65_HS1-834228961_62-HQ-83894_Section_7
Agency: FBI
Page 200
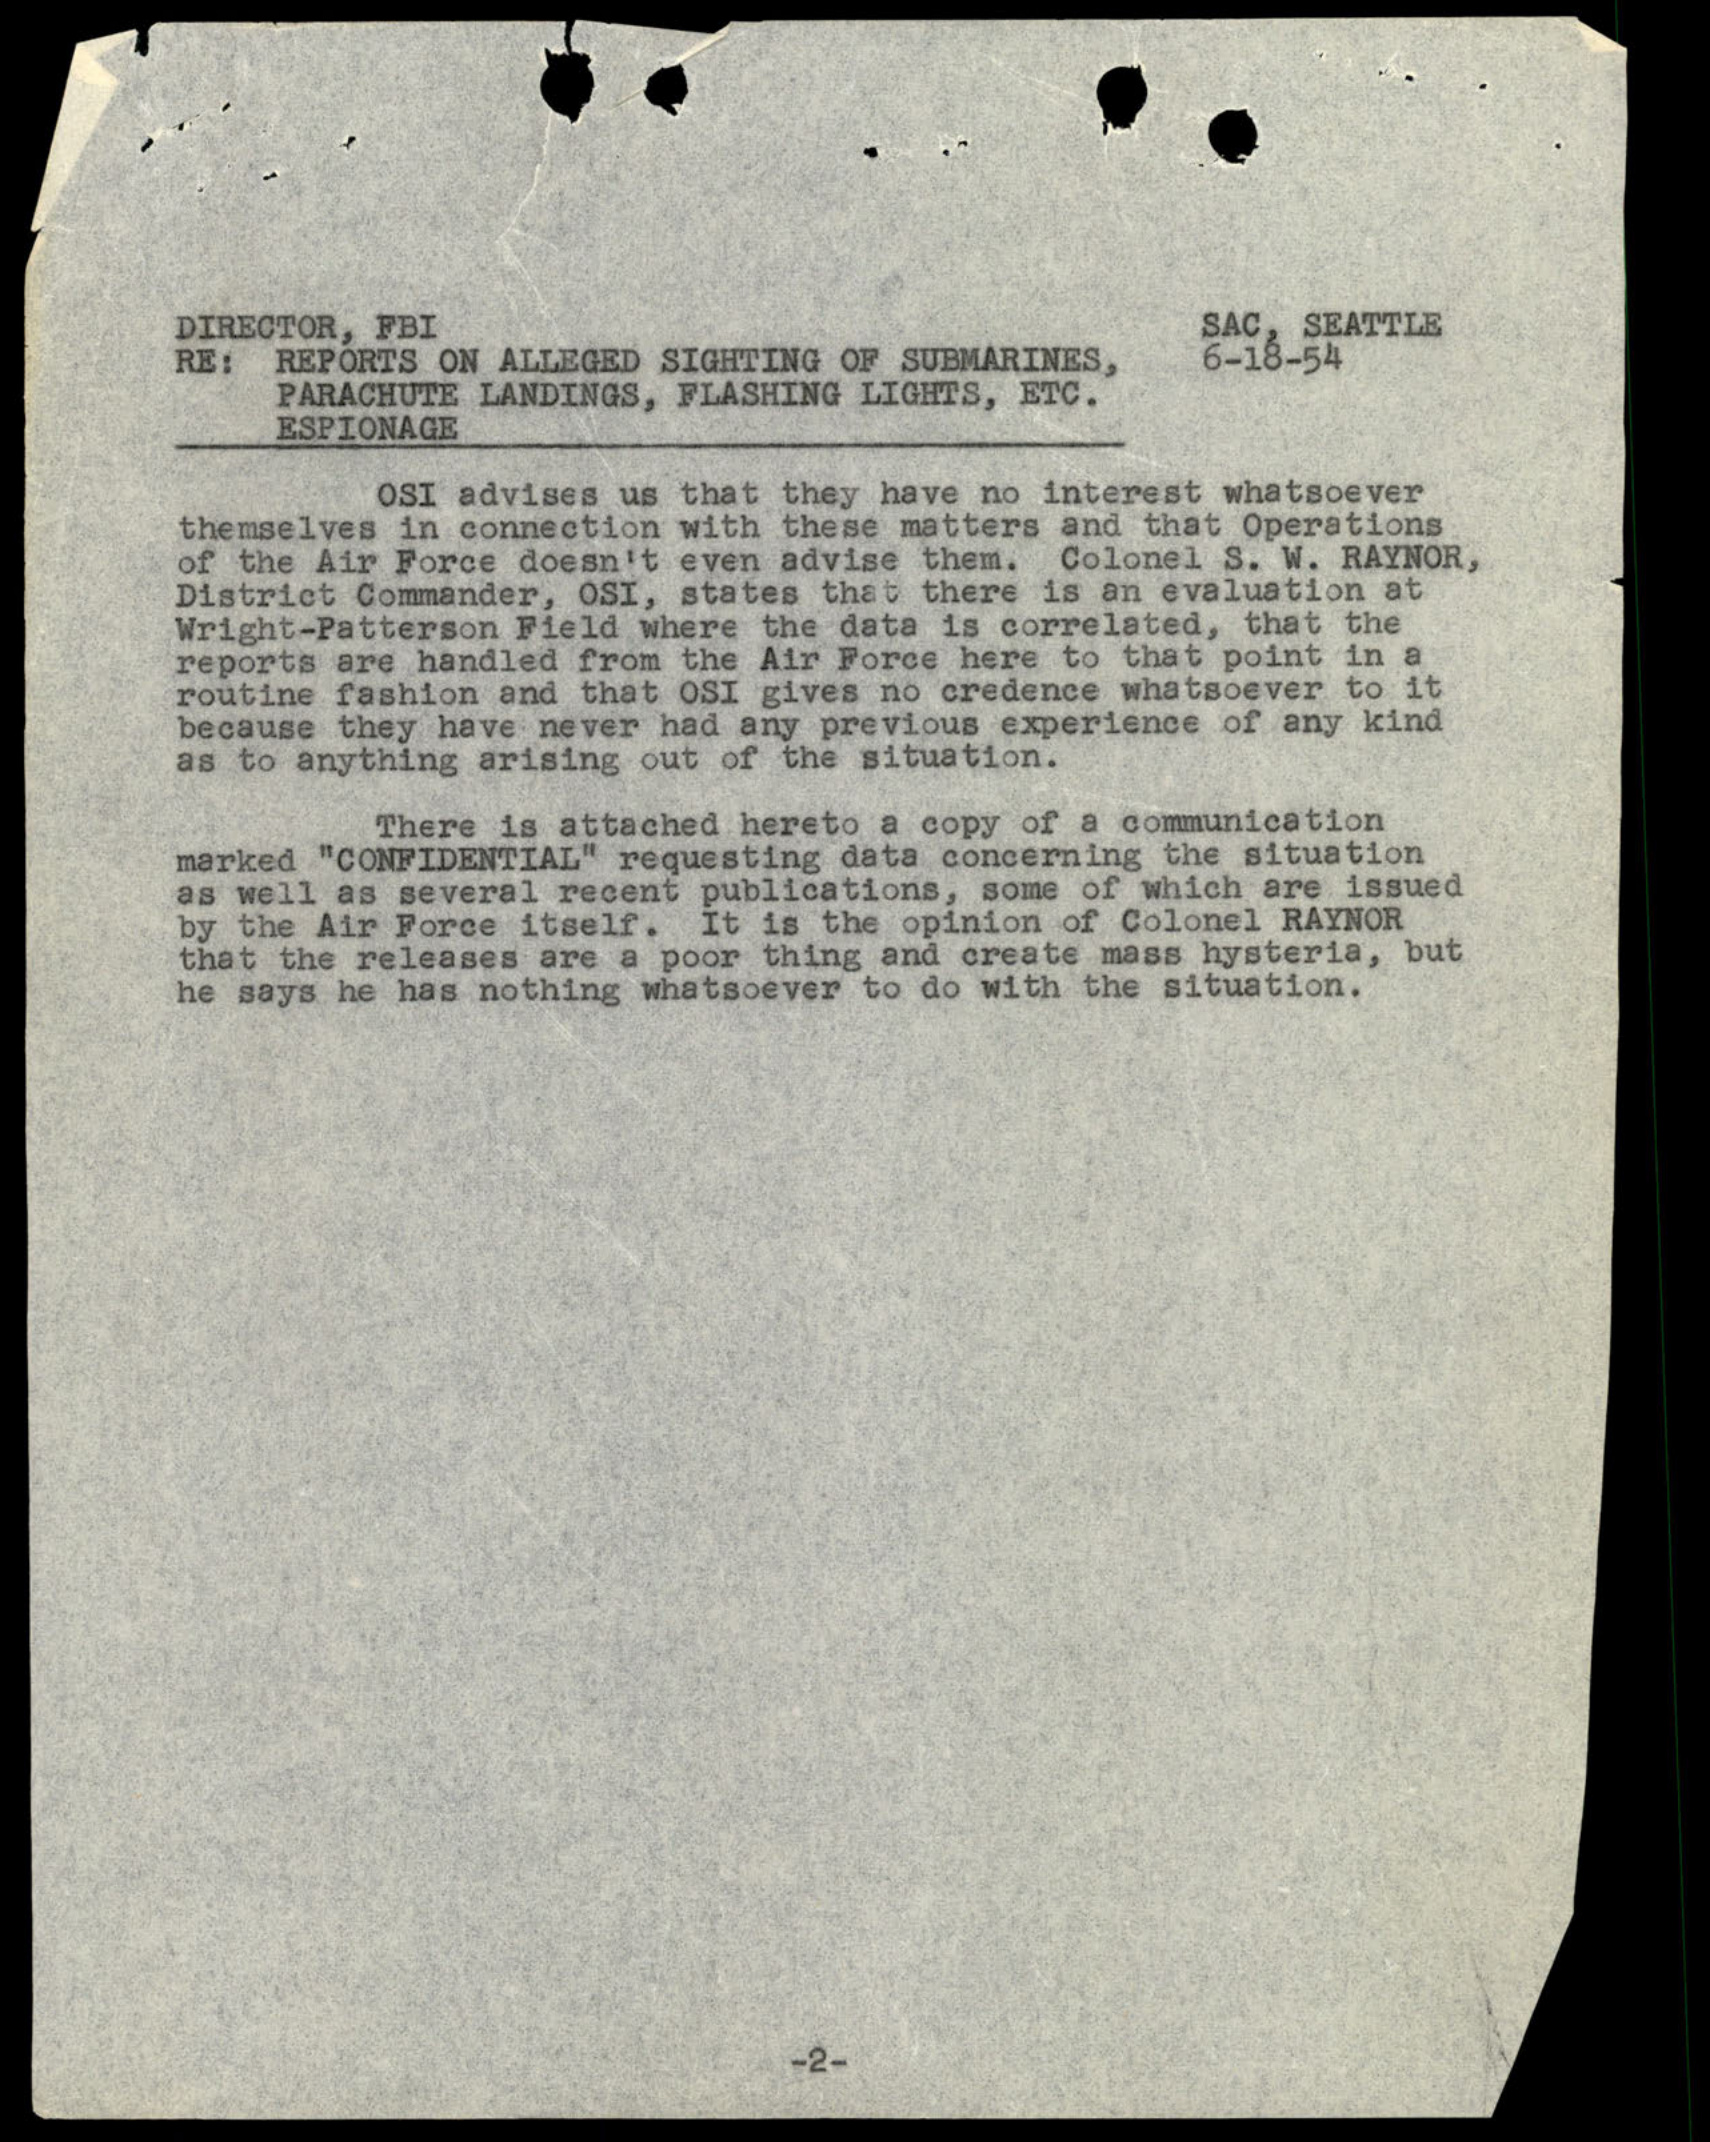